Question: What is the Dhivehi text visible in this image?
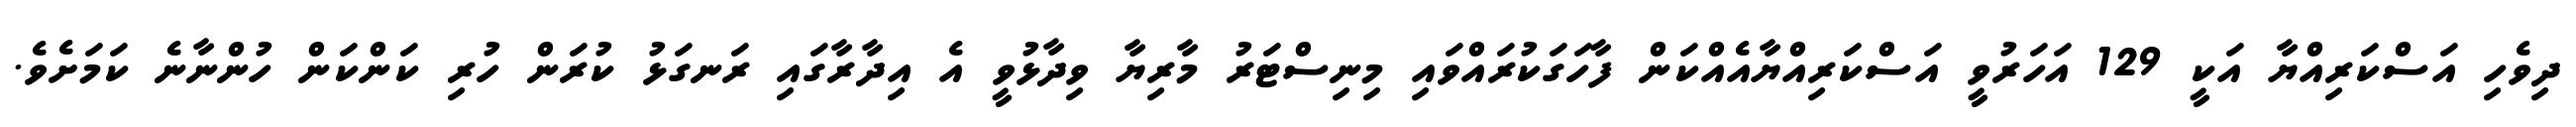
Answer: ދިވެހި އަސްކަރިއްޔާ އަކީ 129 އަހަރުވީ އަސްކަރިއްޔާއެއްކަން ފާހަގަކުރައްވައި މިނިސްޓަރު މާރިޔާ ވިދާޅުވީ އެ އިދާރާގައި ރަނގަޅު ކުރަން ހުރި ކަންކަން ހުންނާނެ ކަމަށެވެ.